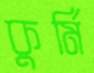
কুর্মি